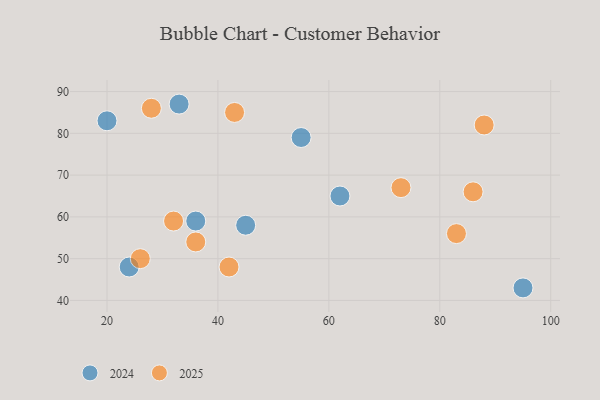
{"axis": {"x": "GDP", "y": "Life Expectancy"}, "legend": ["2024", "2025"], "data": [{"x": "86", "y": 66, "type": "2025"}, {"x": "32", "y": 59, "type": "2025"}, {"x": "83", "y": 56, "type": "2025"}, {"x": "42", "y": 48, "type": "2025"}, {"x": "88", "y": 82, "type": "2025"}, {"x": "28", "y": 86, "type": "2025"}, {"x": "26", "y": 50, "type": "2025"}, {"x": "73", "y": 67, "type": "2025"}, {"x": "43", "y": 85, "type": "2025"}, {"x": "36", "y": 54, "type": "2025"}, {"x": "45", "y": 58, "type": "2024"}, {"x": "55", "y": 79, "type": "2024"}, {"x": "62", "y": 65, "type": "2024"}, {"x": "36", "y": 59, "type": "2024"}, {"x": "20", "y": 83, "type": "2024"}, {"x": "33", "y": 87, "type": "2024"}, {"x": "24", "y": 48, "type": "2024"}, {"x": "95", "y": 43, "type": "2024"}]}